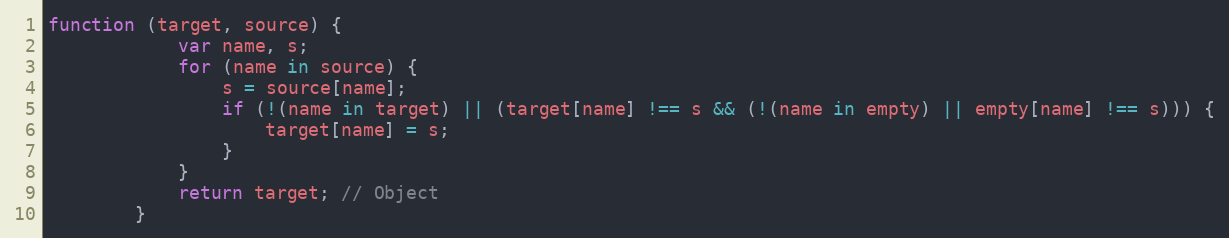
Language: JavaScript
function (target, source) {
            var name, s;
            for (name in source) {
                s = source[name];
                if (!(name in target) || (target[name] !== s && (!(name in empty) || empty[name] !== s))) {
                    target[name] = s;
                }
            }
            return target; // Object
        }